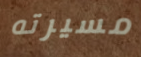
مسيرته